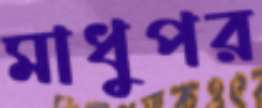
মাধুপর